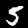
Digit: 5